Indian journal of veterinary science and animal husbandry - Volumes 18-21, 1948-1951
Year: 1948
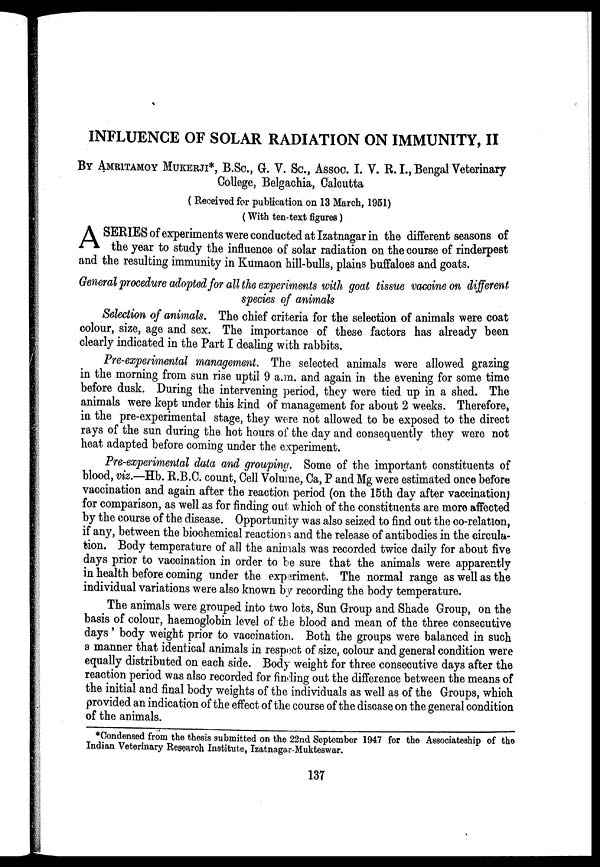
INFLUENCE OF SOLAR RADIATION ON IMMUNITY, II
BY AMRITAMOY MUKERJI*, B.Sc., G. V. Sc., Assoc. I. V. R. I., Bengal Veterinary
College, Belgachia, Calcutta
( Received for publication on 13 March, 1951)
(With ten-text figures)
A SERIES of experiments were conducted at Izatnagar in the different seasons of
the year to study the influence of solar radiation on the course of rinderpest
and the resulting immunity in Kumaon hill-bulls, plains buffaloes and goats.
General procedure adopted for all the experiments with goat tissue vaccine on different
species of animals
Selection of animals. The chief criteria for the selection of animals were coat
colour, size, age and sex. The importance of these factors has already been
clearly indicated in the Part I dealing with rabbits.
Pre-experimental management. The selected animals were allowed grazing
in the morning from sun rise uptil 9 a.m. and again in the evening for some time
before dusk. During the intervening period, they were tied up in a shed. The
animals were kept under this kind of management for about 2 weeks. Therefore,
in the pre-experimental stage, they were not allowed to be exposed to the direct
rays of the sun during the hot hours of the day and consequently they were not
heat adapted before coming under the experiment.
Pre-experimental data and grouping. Some of the important constituents of
blood, viz.—Hb. R.B.C. count, Cell Volume, Ca, P and Mg were estimated once before
vaccination and again after the reaction period (on the 15th day after vaccination;
for comparison, as well as for finding out which of the constituents are more affected
by the course of the disease. Opportunity was also seized to find out the co-relation,
if any, between the biochemical reactions and the release of antibodies in the circula-
tion. Body temperature of all the animals was recorded twice daily for about five
days prior to vaccination in order to be sure that the animals were apparently
in health before coming under the experiment. The normal range as well as the
individual variations were also known by recording the body temperature.
The animals were grouped into two lots, Sun Group and Shade Group, on the
basis of colour, haemoglobin level of the blood and mean of the three consecutive
days' body weight prior to vaccination. Both the groups were balanced in such
a manner that identical animals in respect of size, colour and general condition were
equally distributed on each side. Body weight for three consecutive days after the
reaction period was also recorded for finding out the difference between the means of
the initial and final body weights of the individuals as well as of the Groups, which
provided an indication of the effect of the course of the disease on the general condition
of the animals.
*Condensed from the thesis submitted on the 22nd September 1947 for the Associateship of the
Indian Veterinary Research Institute, Izatnagar Mukteswar.
137